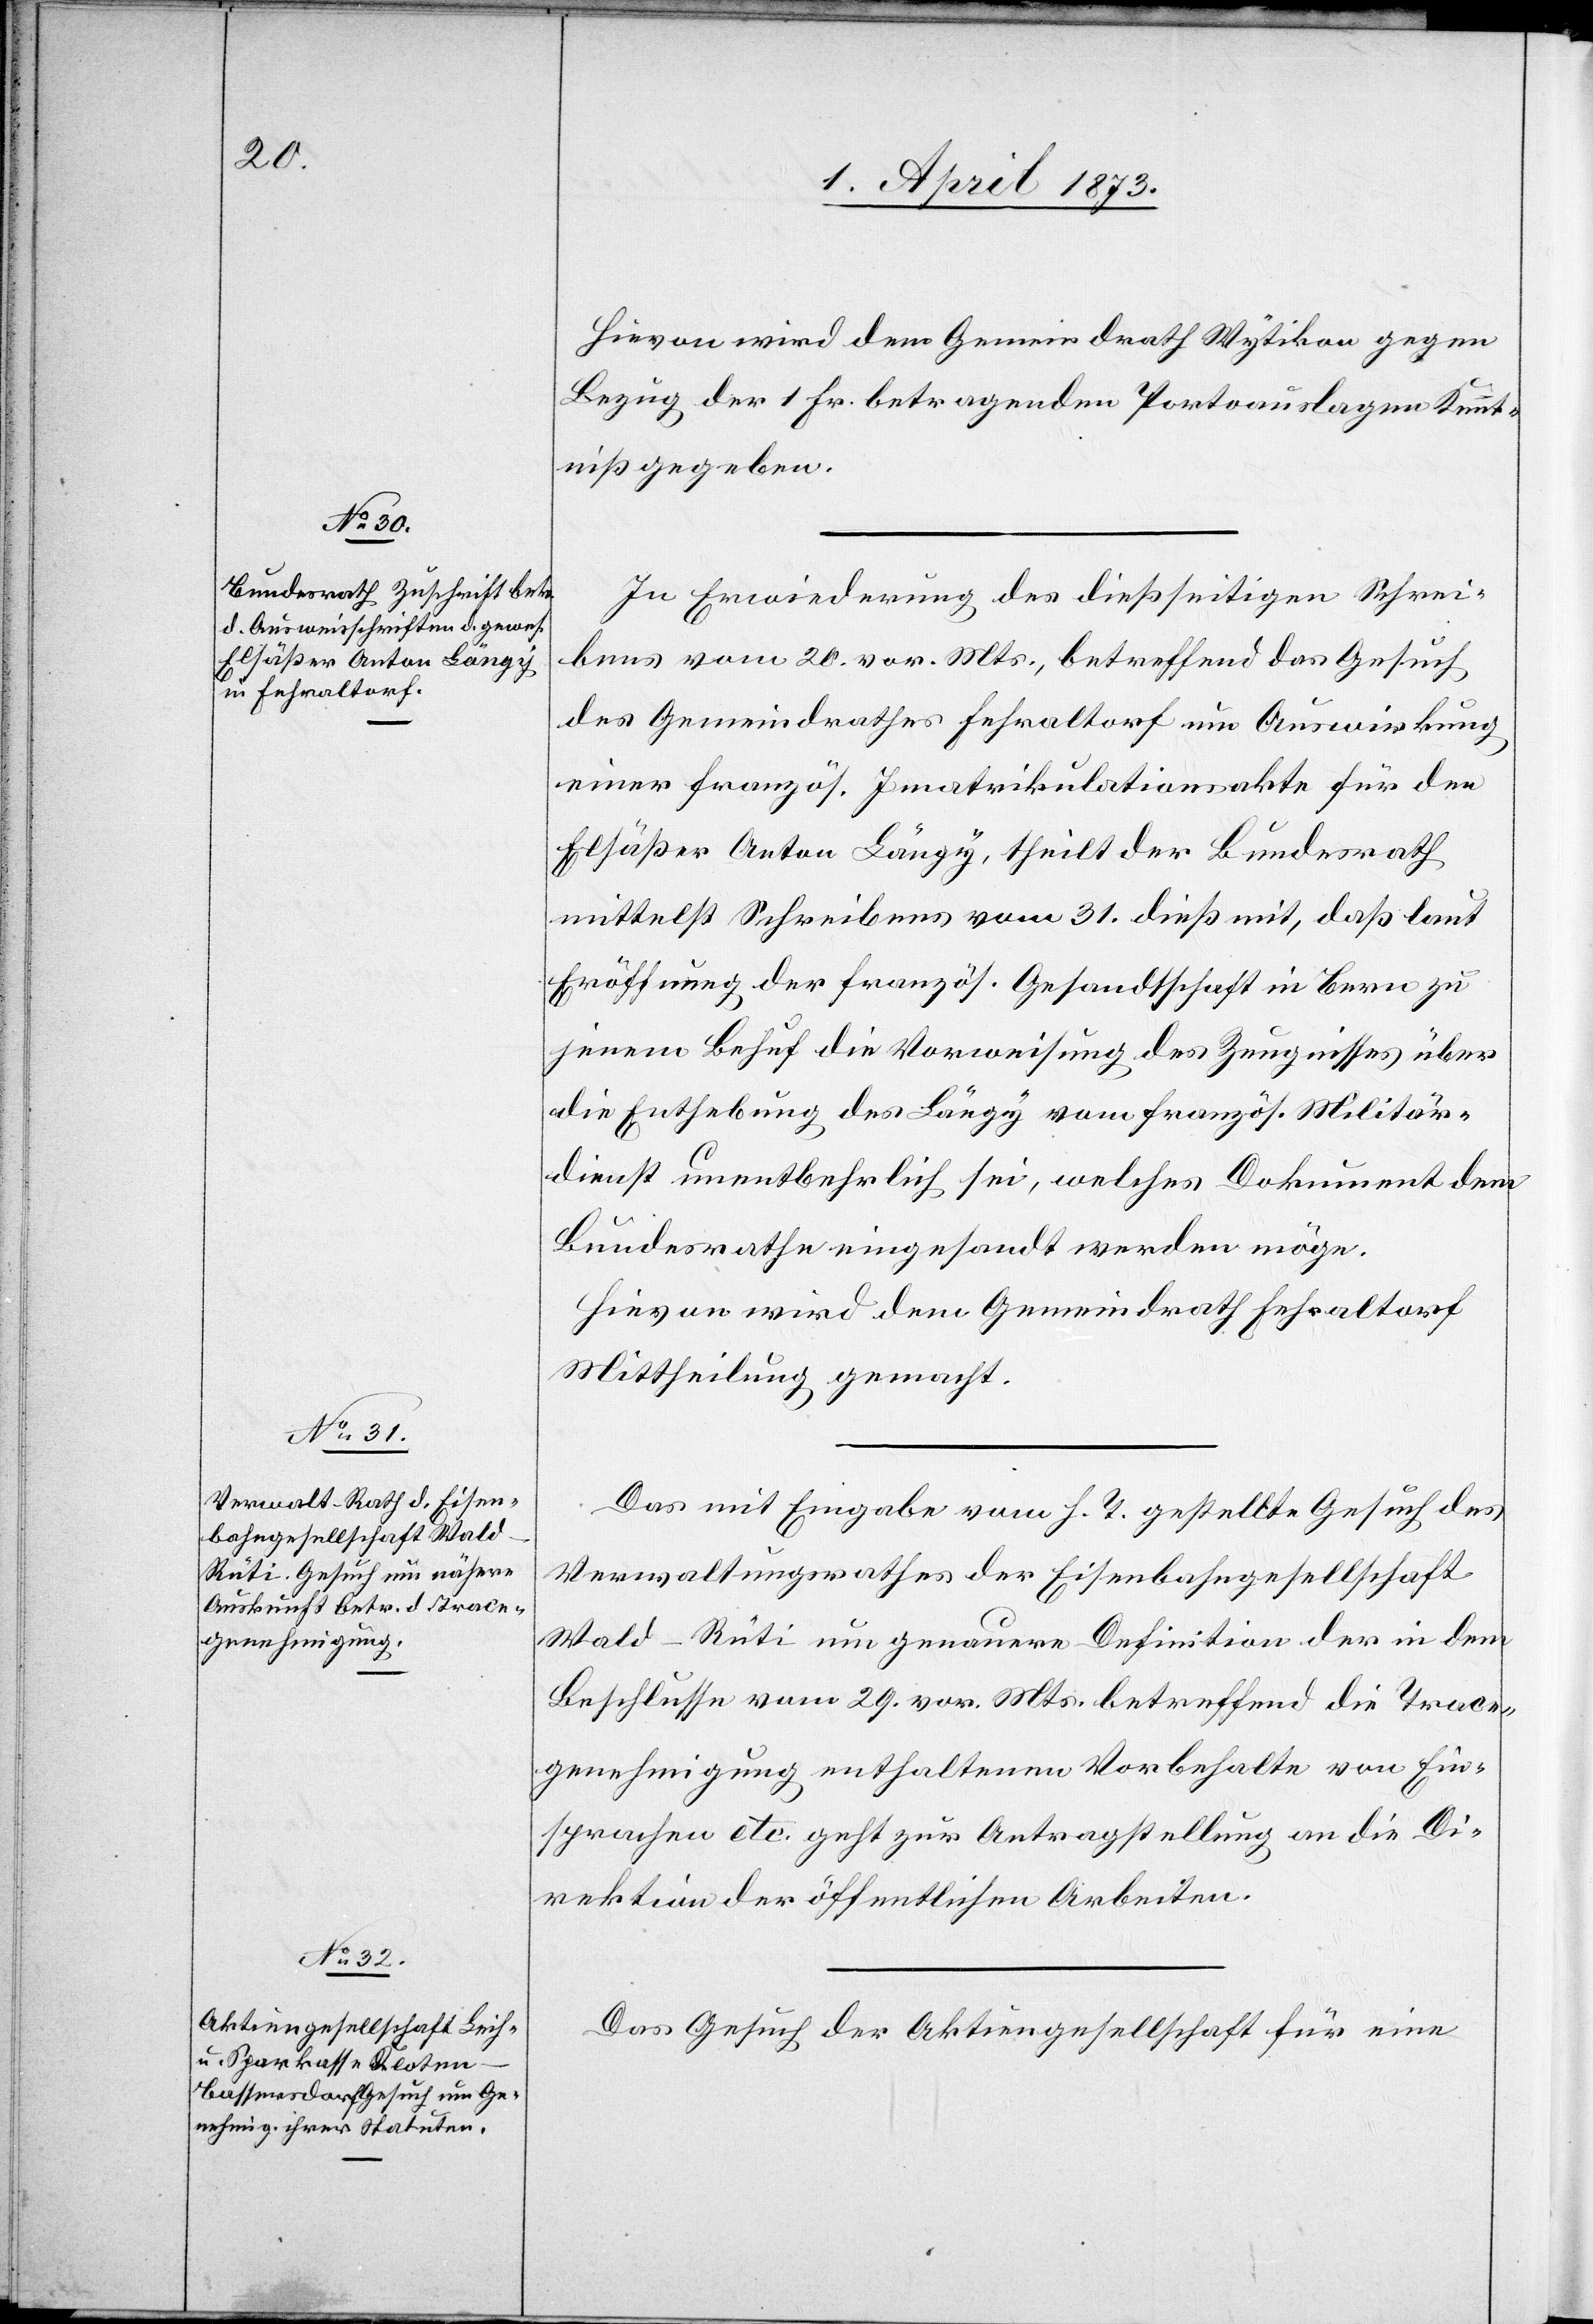
4. April 1873.]
Hievon wird dem Gemeindrath Wytikon gegen
Bezug der 1 Fr. betragenden Portoauslagen Kennt¬
niß gegeben.
In Erwiederung des dießseitigen Schrei¬
bens vom 20. vor. Mts., betreffend das Gesuch
des Gemeindrathes Fehraltorf um Auswirkung
einer französ. Immatrikulationsakte für den
Elsäßer Anton Längy, theilt der Bundesrath
mittelst Schreibens vom 31. dieß mit, daß laut
Eröffnung der französ. Gesandtschaft in Bern zu
jenem Behuf die Vorweisung des Zeugnisses über
die Enthebung des Längy vom französ. Militär¬
dienst unentbehrlich sei, welches Dokument dem
Bundesrathe eingesandt werden möge.
hievon [sic!] wird dem Gemeindrath Fehraltorf
Mittheilung gemacht.
Das mit Eingabe vom h. T. gestellte Gesuch des
Verwaltungsrathes der Eisenbahngesellschaft
Wald–Rüti um genauere Definition der in dem
Beschlusse vom 29. vor. Mts. betreffend die Trace¬
genehmigung enthaltenen Vorbehalte von Ein¬
sprachen etc. geht zur Antragstellung an die Di¬
rektion der öffentlichen Arbeiten.
Das Gesuch der Aktiengesellschaft für eine